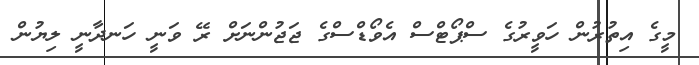
މީގެ އިތުރުން ހަވީރުގެ ސްޕޯޓްސް އެވޯޑްސްގެ ޖަޖުންނަށް ރޭ ވަނީ ހަނދާނީ ލިޔުން